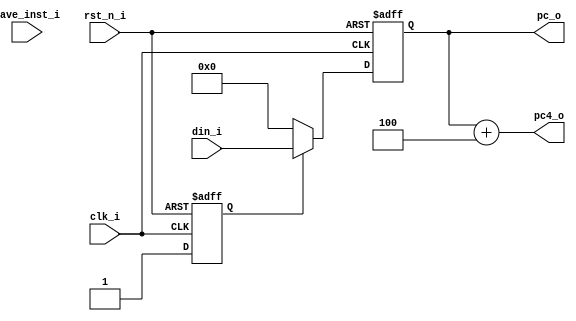
`timescale 1ns / 1ps


module pc(
    input               clk_i,
    input               rst_n_i,
    input               have_inst_i,
    input       [31:0]  din_i,
    output  reg [31:0]  pc_o,
    output      [31:0]  pc4_o
    );
    reg state;
    //
    always @ (posedge clk_i or negedge rst_n_i) begin
        if (~rst_n_i) state <= 1'b0;
        else begin
            state <= 1'b1;
        end
    end

    always @ (posedge clk_i or negedge rst_n_i) begin
        if (~rst_n_i)           pc_o <= 32'h0000_0000;
        else if (~state)        pc_o <= 32'h0;
//        else if (~have_inst_i)  pc_o <= pc_o;
        else                    pc_o <= din_i;
    end

    assign pc4_o = pc_o + 32'h4;
endmodule